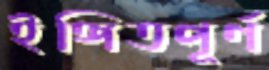
ইঙ্গিতপূর্ণ